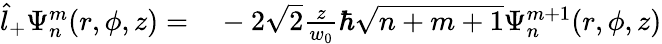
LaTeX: \begin{array}{rl}{\hat{l}_{+}\Psi_{n}^{m}(r,\phi,z)=}&{{}-2\sqrt{2}\frac{z}{w_{0}}\hbar\sqrt{n+m+1}\Psi_{n}^{m+1}(r,\phi,z)}\end{array}